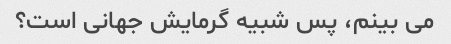
می بینم، پس شبیه گرمایش جهانی است؟